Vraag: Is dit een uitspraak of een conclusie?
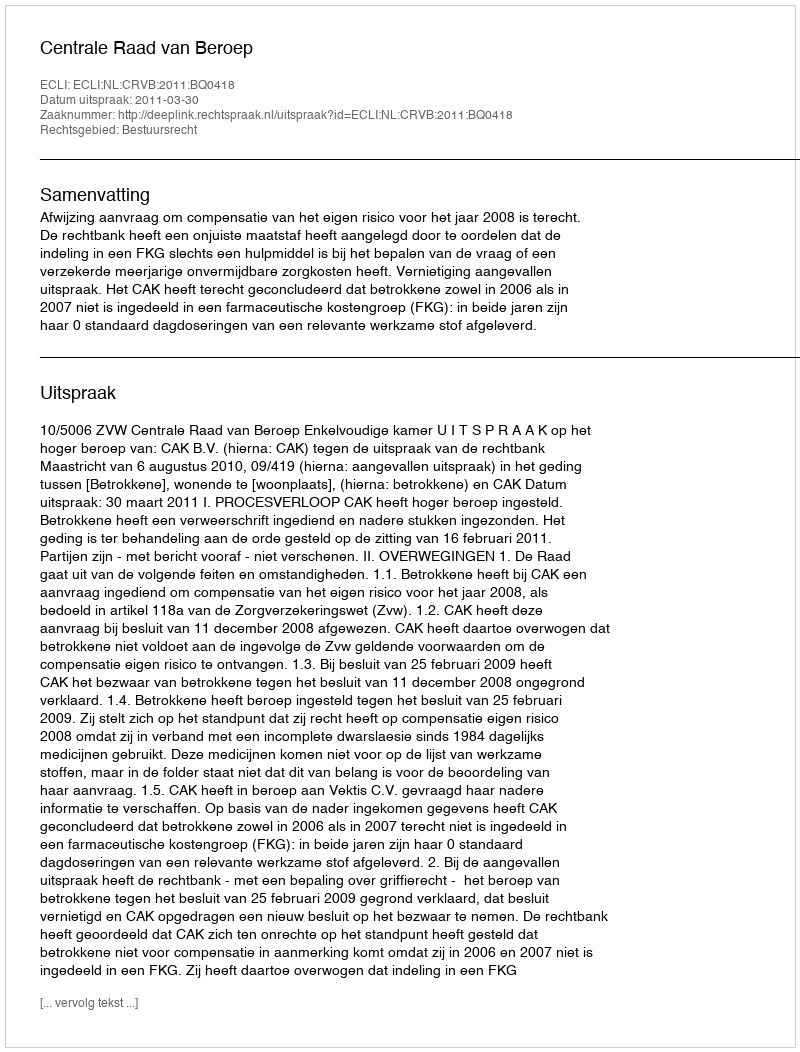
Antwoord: Uitspraak